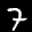
Label: 7